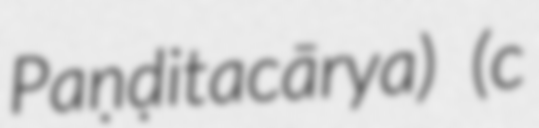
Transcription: Paṇḍitacārya) (c